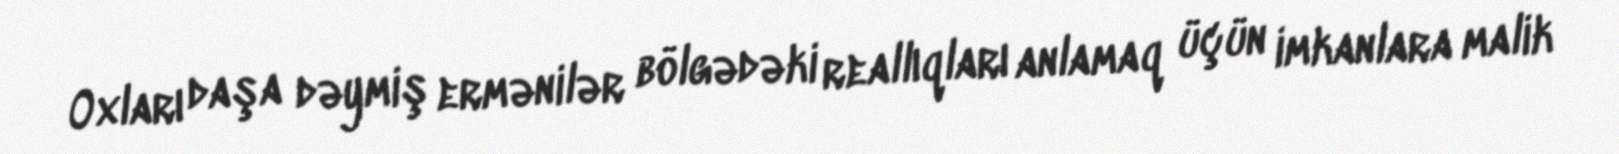
Oxları daşa dəymiş ermənilər bölgədəki reallıqları anlamaq üçün imkanlara malik